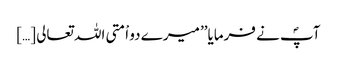
آپؐ نے فرمایا’’ میرے دو اْمتی اللہ تعالی […]